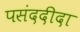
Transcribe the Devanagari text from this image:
पसंददीदा